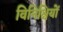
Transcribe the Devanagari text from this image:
विनिश्चियों